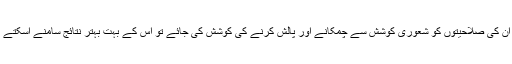
اگر ان کی صلاحیتوں کو شعوری کوشش سے چمکانے اور پالش کرنے کی کوشش کی جائے تو اس کے بہت بہتر نتائج سامنے آسکتے ہیں۔